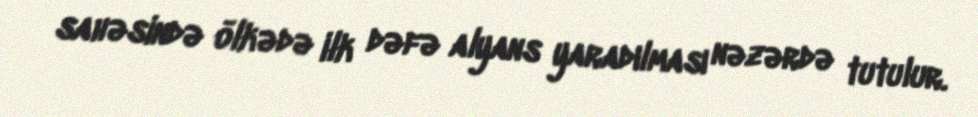
sahəsində ölkədə ilk dəfə alyans yaradılması nəzərdə tutulur.